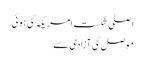
اصلی شکست امریکہ کی ہوئی
موصل کی آزادی سے